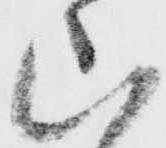
山